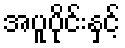
အပူပိုင်းနှင့်